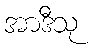
အာဒီသု